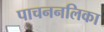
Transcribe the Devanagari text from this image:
पाचननलिका